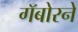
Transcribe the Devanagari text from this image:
गॅबोरने